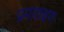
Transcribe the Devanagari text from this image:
प्रमालक्षण